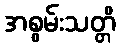
အစွမ်းသတ္တိ